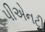
પીએનટી